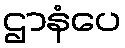
ဌာနံပေ